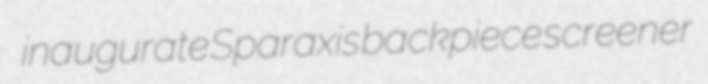
inaugurate Sparaxis backpiece screener